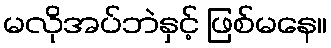
မလိုအပ်ဘဲနှင့် ဖြစ်မနေ။